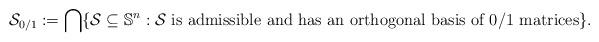
LaTeX: \begin{align*}\mathcal{S}_{0/1} := \bigcap \{ \mathcal{S} \subseteq \mathbb{S}^n : \mathcal{S} \mbox{ is admissible and has an orthogonal basis of 0/1 matrices} \}.\end{align*}